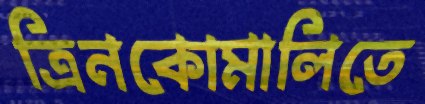
ত্রিনকোমালিতে